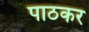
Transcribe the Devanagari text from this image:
पाठकर